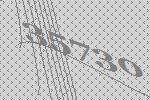
35730